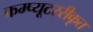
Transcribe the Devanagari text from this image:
कम्प्यूटररीकृत